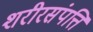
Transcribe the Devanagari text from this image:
शरीरसंपत्ति